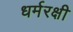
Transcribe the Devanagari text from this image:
धर्मरक्षी